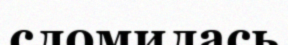
сломилась